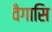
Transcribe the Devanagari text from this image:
वैगासि